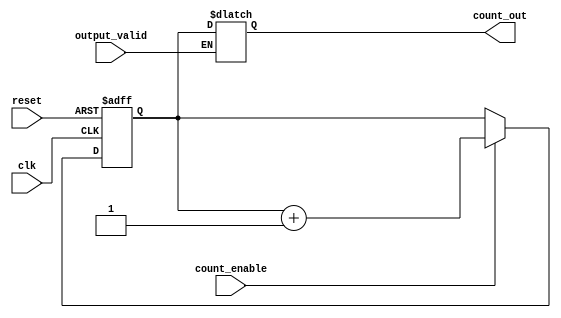
module synchronous_counter #(
    parameter N = 4    // Bit width of the counter (4-bit by default)
)(
    input wire clk,                 // Clock signal
    input wire reset,               // Asynchronous reset
    input wire count_enable,        // Count enable signal
    input wire output_valid,        // Control signal to enable output
    output reg [N-1:0] count_out    // Current count output
);

    // Internal counter register
    reg [N-1:0] counter;

    // Asynchronous reset and synchronous counting
    always @(posedge clk or posedge reset) begin
        if (reset) begin
            counter <= 0;            // Reset the counter to 0
        end else if (count_enable) begin
            counter <= counter + 1;  // Increment the counter
        end
    end

    // Output control logic
    always @(*) begin
        if (output_valid) begin
            count_out = counter;      // Output the current count if valid
        end else begin
            count_out = count_out;    // Hold the current output
        end
    end

endmodule